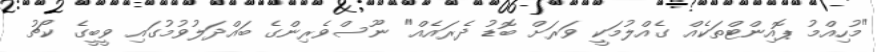
"މުހިއްމު ޕޮއިންޓްތަކެއް ގެއްލުމަކީ ވަރަށް ބޮޑު ދެރައެއް" ނޫސްވެރިންގެ ބައްދަލުވުމުގައި ވީބީގެ ކޯޗު